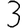
Digit: 3